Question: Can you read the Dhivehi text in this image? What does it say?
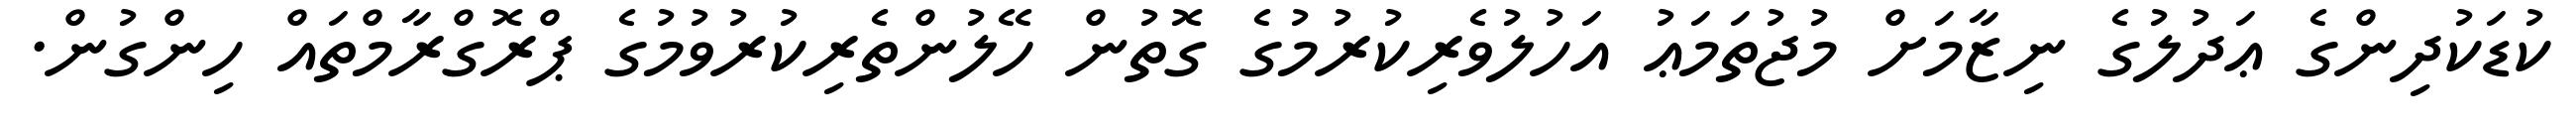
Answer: ކުޑަކުދިންގެ ޢަދުލުގެ ނިޒާމަށް މުޖުތަމަޢު އަހުލުވެރިކުރުމުގެ ގޮތުން ހޭލުންތެރިކުރުވުމުގެ ޕްރޮގްރާމްތައް ހިންގުން.